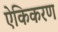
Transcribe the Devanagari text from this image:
ऐकिकरण